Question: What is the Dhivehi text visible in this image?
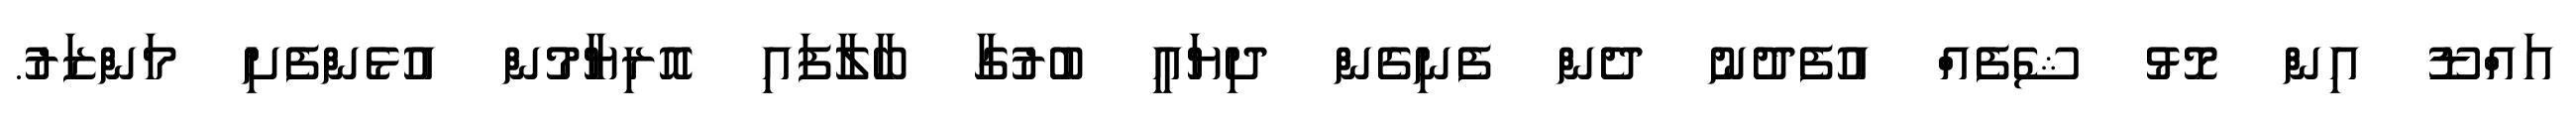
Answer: އައްޑޫ އިން މޮޅު ޝެފެއް އުފެދުނު ދެން ފެނިގެން ދިޔައީ ބުރުގާ ބާލާފައި އޮރިޔާމުން އުޅެންފެށި މަންޒަރު.